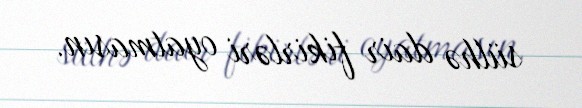
sülhə dair fikirləri oyatmasın.